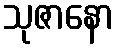
သုဇာနော